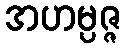
အဟမ္ပဇ္ဇ